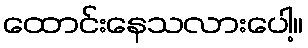
ထောင်းနေသလားပေါ့။